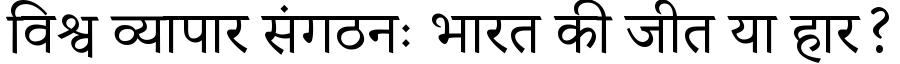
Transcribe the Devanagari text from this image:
विश्व व्यापार संगठनः भारत की जीत या हार?